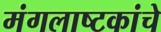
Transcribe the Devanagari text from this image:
मंगलाष्टकांचे